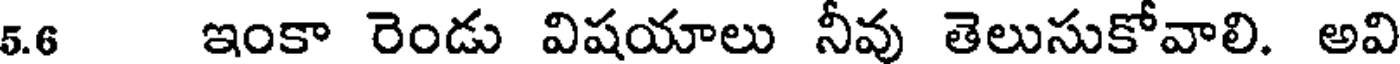
5.6 ఇంకా రెండు విషయాలు నీవు తెలుసుకోవాలి. అవి